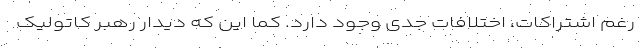
رغم اشتراکات، اختلافات جدی وجود دارد. ‌کما این که دیدار رهبر کاتولیک